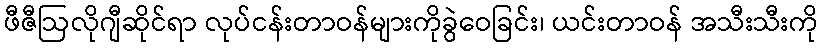
ဖီဇီဩလိုဂျီဆိုင်ရာ လုပ်ငန်းတာဝန်များကိုခွဲဝေခြင်း၊ ယင်းတာဝန် အသီးသီးကို